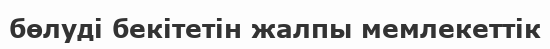
бөлуді бекітетін жалпы мемлекеттік